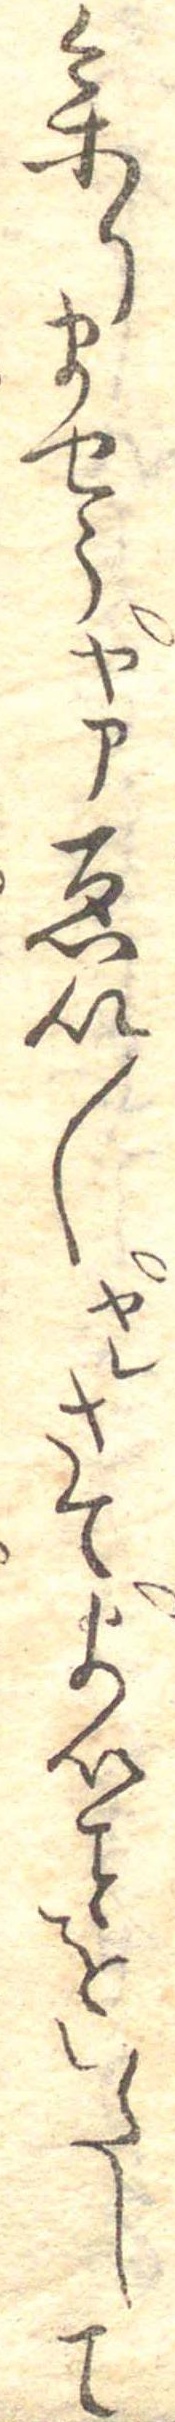
参りませうヤァゑい〱ヤレさてよいをいたして